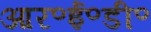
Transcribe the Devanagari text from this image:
आर॰ई॰डी॰